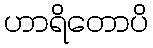
ဟာရိတောပိ